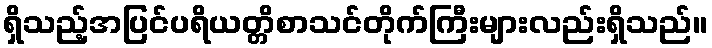
ရှိသည့်အပြင်ပရိယတ္တိစာသင်တိုက်ကြီးများလည်းရှိသည်။